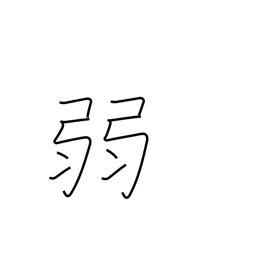
Meaning: frail